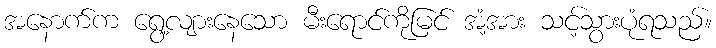
အနောက်က ရွေ့လျားနေသော မီးရောင်ကိုမြင် အံ့အား သင့်သွားပုံရသည်။